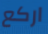
اركع